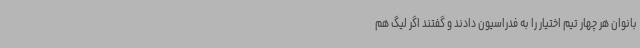
بانوان هر چهار تیم اختیار را به فدراسیون دادند و گفتند اگر لیگ هم